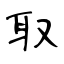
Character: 取